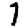
Digit: 7